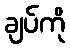
ချပ်ကို